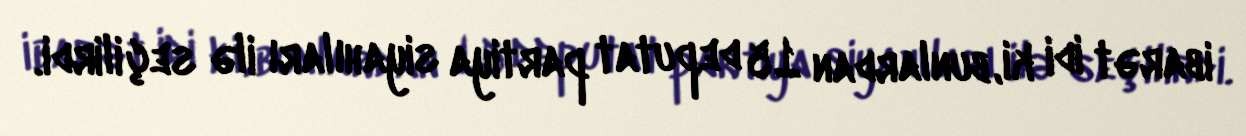
ibarət idi ki, bunlardan 15 deputat partiya siyahıları ilə seçilirdi.